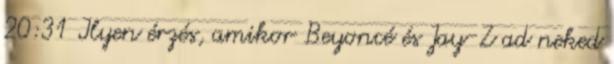
20:31 Ilyen érzés, amikor Beyoncé és Jay-Z ad neked